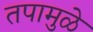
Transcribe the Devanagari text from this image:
तपामुळे